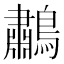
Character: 鷫